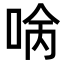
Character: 𠴠